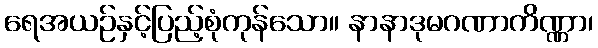
ရေအယဉ်နှင့်ပြည့်စုံကုန်သော။ နာနာဒုမဂဏာကိဏ္ဏာ၊